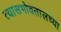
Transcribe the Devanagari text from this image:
त्यासभोवतालच्या